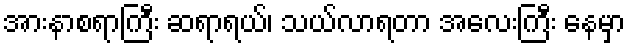
အားနာစရာကြီး ဆရာရယ်၊ သယ်လာရတာ အလေးကြီး နေမှာ